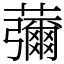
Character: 䕳